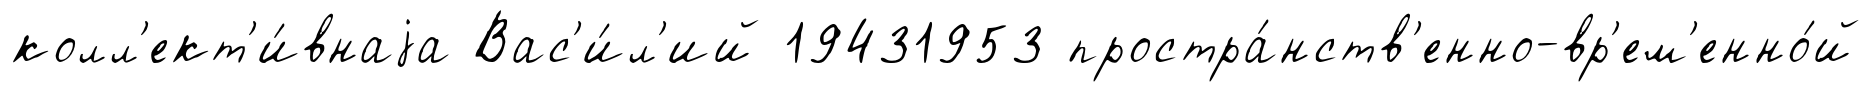
колл'ект'и́внаjа Вас'и́л'ий 19431953 простра́нств'енно-вр'ем'енно́й